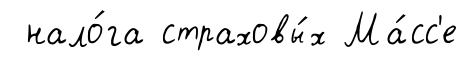
нало́га страховы́х Ма́сс'е